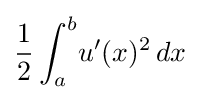
{\frac {1}{2}}\int _{a}^{b}\!u'(x)^{2}\,dx